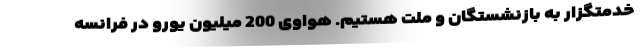
خدمتگزار به بازنشستگان و ملت هستیم. هواوی 200 میلیون یورو در فرانسه